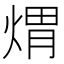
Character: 煟